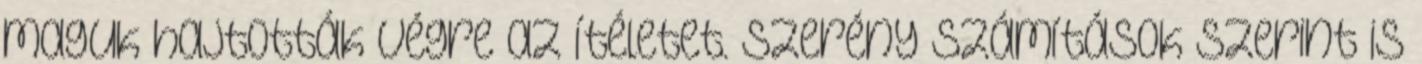
maguk hajtották végre az ítéletet. Szerény számítások szerint is